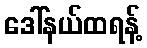
ဒေါ်နယ်ထရန့်